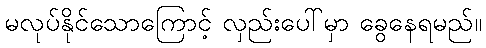
မလုပ်နိုင်သောကြောင့် လှည်းပေါ်မှာ ခွေနေရမည်။